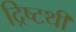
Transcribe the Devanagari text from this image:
द्रिष्टथी